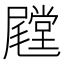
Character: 𱛁